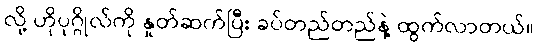
လို့ ဟိုပုဂ္ဂိုလ်ကို နှုတ်ဆက်ပြီး ခပ်တည်တည်နဲ့ ထွက်လာတယ်။